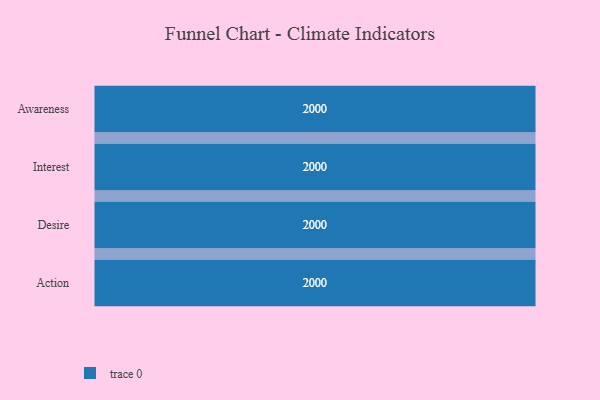
{"axis": {"x": "Stage", "y": "Value"}, "legend": [""], "data": [{"x": "Awareness", "y": 2000, "type": ""}, {"x": "Interest", "y": 2000, "type": ""}, {"x": "Desire", "y": 2000, "type": ""}, {"x": "Action", "y": 2000, "type": ""}]}